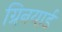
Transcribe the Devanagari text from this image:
ग्रिनयार्ड